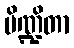
ပိဏ္ဍိတာ